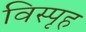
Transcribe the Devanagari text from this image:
विस्पृह